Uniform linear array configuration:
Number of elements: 16
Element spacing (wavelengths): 1
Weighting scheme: exponential
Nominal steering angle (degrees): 60
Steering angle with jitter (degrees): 60.983
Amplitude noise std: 0.05
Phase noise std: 0.05

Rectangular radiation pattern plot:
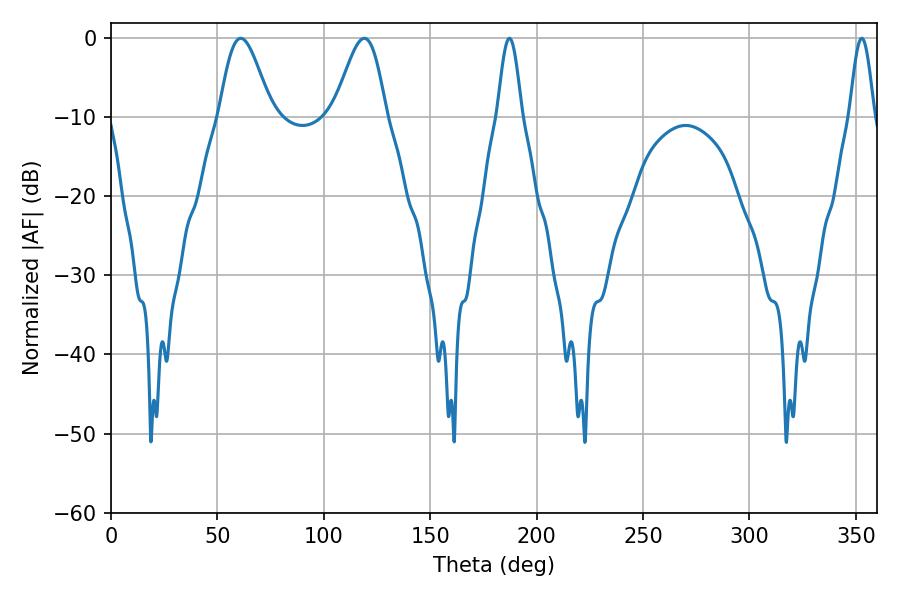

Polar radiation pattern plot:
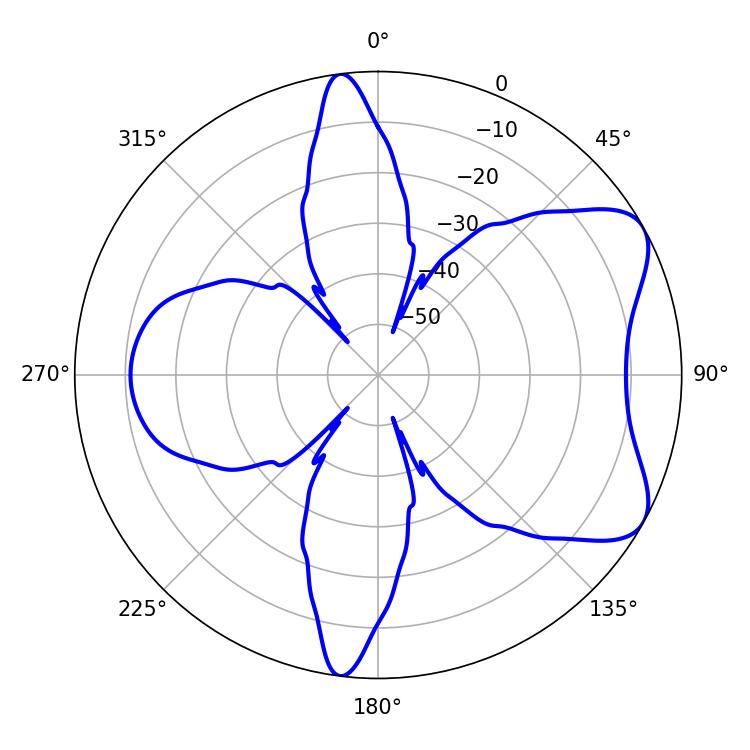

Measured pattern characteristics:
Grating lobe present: TRUE
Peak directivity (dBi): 6.805
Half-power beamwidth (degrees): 6.12
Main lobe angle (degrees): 187.2